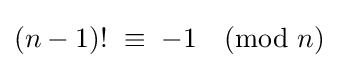
(n-1)!\ \equiv \;-1{\pmod {n}}